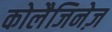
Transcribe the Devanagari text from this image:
कोलैजिनेज़